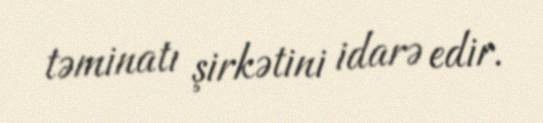
təminatı şirkətini idarə edir.